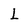
Character: L